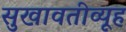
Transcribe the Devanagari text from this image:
सुखावतीव्यूह